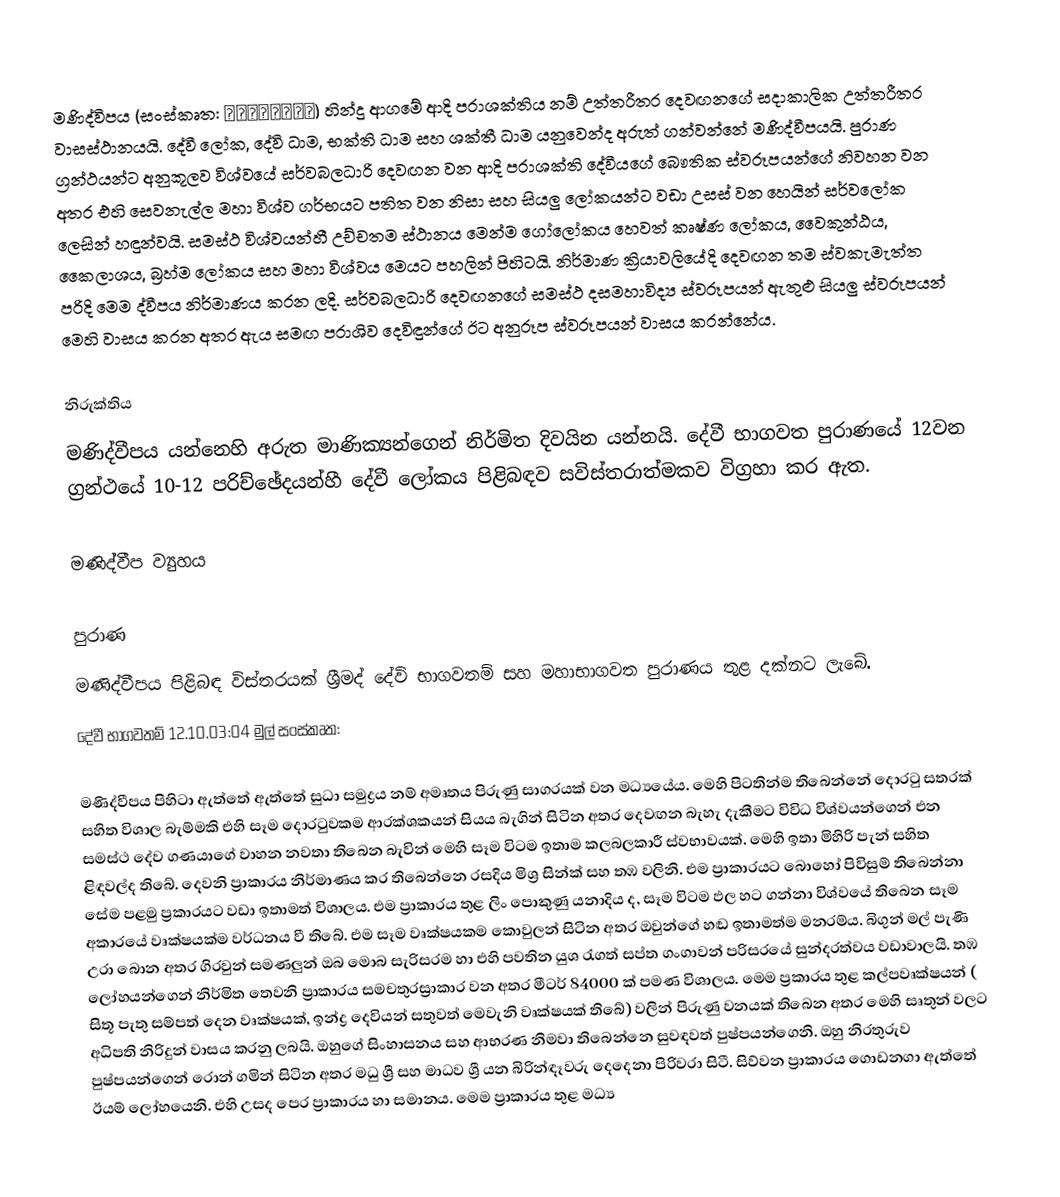
මණිද්විපය  (සංස්කෘත: मणिद्वीप) හින්දු ආගමේ ආදි පරාශක්තිය නම් උත්තරීතර දෙවඟනගේ සදාකාලික උත්තරීතර වාසස්ථානයයි. දේවී ලෝක, දේවි ධාම, භක්ති ධාම සහ ශක්තී ධාම යනුවෙන්ද අරුත් ගන්වන්නේ මණිද්වීපයයි. පුරාණ ග්‍රන්ථයන්ට අනුකූලව විශ්වයේ සර්වබලධාරි දෙවඟන වන ආදි පරාශක්ති දේවීයගේ බෞතික ස්වරූපයන්ගේ නිවහන වන අතර එහි සෙවනැල්ල මහා විශ්ව ගර්භයට පතිත වන නිසා සහ සියලු ලෝකයන්ට වඩා උසස් වන හෙයින් සර්වලෝක ලෙසින් හඳුන්වයි. සමස්ථ විශ්වයන්හී උච්චතම ස්ථානය මෙන්ම ගෝලෝකය හෙවත් කෘෂ්ණ ලෝකය, වෛකුන්ඨය, කෛලාශය, බ්‍රහ්ම ලෝකය සහ මහා විශ්වය මෙයට පහලින් පිහිටයි. නිර්මාණ ක්‍රියාවලියේදි දෙවඟන තම ස්වකැමැත්ත පරිදි මෙම ද්වීපය නිර්මාණය කරන ලදි. සර්වබලධාරි දෙවඟනගේ සමස්ථ දසමහාවිද්‍ය ස්වරූපයන් ඇතුළු සියලු ස්වරූපයන් මෙහි වාසය කරන අතර ඇය සමඟ පරාශිව දෙවිඳුන්ගේ ඊට අනුරූප ස්වරූපයන් වාසය කරන්නේය.

නිරුක්තිය
මණිද්වීපය යන්නෙහි අරුත මාණික්‍යන්ගෙන් නිර්මිත දිවයින යන්නයි. දේවී භාගවත පුරාණයේ 12වන ග්‍රන්ථයේ 10-12 පරිච්ඡේදයන්හී දේවී ලෝකය පිළිබඳව සවිස්තරාත්මකව විග්‍රහා කර ඇත.

මණිද්වීප ව්‍යුහය

පුරාණ
මණිද්වීපය පිළිබඳ විස්තරයක් ශ්‍රීමද් දේවි භාගවතම් සහ මහාභාගවත පුරාණය තුළ දක්නට ලැබේ.
දේවී භාගවතම් 12.10.03:04 මුල් සංස්කෘත:

මණිද්වීපය පිහිටා ඇත්තේ ඇත්තේ සුධා සමුද්‍රය නම් අමෘතය පිරුණු සාගරයක් වන  මධ්‍යයේය. මෙහි පිටතින්ම තිබෙන්නේ දොරටු සතරක් සහිත විශාල බැම්මකි එහි සෑම දොරටුවකම ආරක්ශකයන් සියය බැගින් සිටින අතර දෙවඟන බැහැ දැකීමට විවිධ විශ්වයන්ගෙන් එන සමස්ථ දේව ගණයාගේ වාහන නවතා තිබෙන බැවින් මෙහි සෑම විටම ඉතාම කලබලකාරී ස්වභාවයක්. මෙහි ඉතා මිහිරි පැන් සහිත ළිඳවල්ද තිබේ. දෙවනි ප්‍රාකාරය නිර්මාණය කර තිබෙන්නෙ රසදිය මිශ්‍ර සින්ක් සහ තඹ වලිනි. එම ප්‍රාකාරයට බොහෝ පිවිසුම් තිබෙන්නා සේම පළමු ප්‍රකාරයට වඩා ඉතාමත් විශාලය. එම ප්‍රාකාරය තුළ ලිං පොකුණු යනාදිය ද, සෑම විටම ඵල හට ගන්නා විශ්වයේ තිබෙන සෑම අකාරයේ වෘක්ෂයක්ම වර්ධනය වී තිබේ. එම සෑම වෘක්ෂයකම කොවුලන් සිටින අතර ඔවුන්ගේ හඬ ඉතාමත්ම මනරම්ය. බිගුන් මල් පැණි උරා බොන අතර ගිරවුන් සමණලුන් ඔබ මොබ සැරිසරම හා එහි පවතින යුශ රැගත් සප්ත ගංගාවන් පරිසරයේ සුන්දරත්වය වඩාවාලයි. තඹ ලෝහයන්ගෙන් නිර්මිත තෙවනි ප්‍රාකාරය  සමචතුරස්‍රාකාර වන අතර  මීටර් 84000 ක් පමණ විශාලය. මෙම ප්‍රකාරය තුළ කල්පවෘක්ෂයන් ( සිතූ පැතු සම්පත් දෙන වෘක්ෂයක්, ඉන්ද්‍ර දෙවියන් සතුවත් මෙවැනි වෘක්ෂයක් තිබේ) වලින් පිරුණු වනයක් තිබෙන අතර මෙහි සෘතුන් වලට අධිපති නිරිදුන් වාසය කරනු ලබයි. ඔහුගේ සිංහාසනය සහ ආභරණ නිමවා තිබෙන්නෙ සුවඳවත් පුෂ්පයන්ගෙනි. ඔහු නිරතුරුව පුෂ්පයන්ගෙන් රොන් ගමින් සිටින අතර මධු ශ්‍රී සහ මාධව ශ්‍රී යන බිරින්ඳෑවරු දෙදෙනා පිරිවරා සිටී. සිව්වන ප්‍රාකාරය ගොඩනගා ඇත්තේ ඊයම් ලෝහයෙනි. එහි උසද පෙර ප්‍රාකාරය හා සමානය. මෙම ප්‍රාකාරය තුළ මධ්‍ය